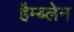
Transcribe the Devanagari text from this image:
हैम्ब्लेन